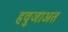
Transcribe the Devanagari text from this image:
हवुजाअत